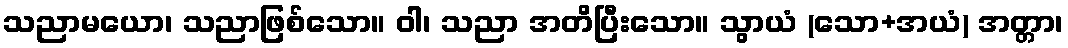
သညာမယော၊ သညာဖြစ်သော။ ဝါ၊ သညာ အတိပြီးသော။ သွာယံ (သော+အယံ) အတ္တာ၊